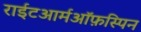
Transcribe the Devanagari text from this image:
राईटआर्मऑफ़स्पिन